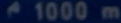
1000m